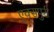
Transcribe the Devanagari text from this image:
एक्‍सपुरी